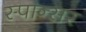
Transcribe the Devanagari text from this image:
स्पान्सर